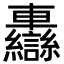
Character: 𨏷